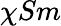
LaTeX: \chi Sm